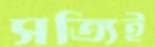
সত্যিই